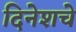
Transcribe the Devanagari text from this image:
दिनेशचे